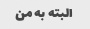
البته به من